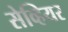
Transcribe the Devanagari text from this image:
सेव्हियर